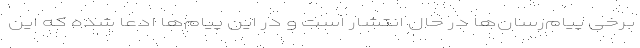
برخی پیام‌رسان‌ها در حال انتشار است و در این پیام‌ها ادعا شده که این